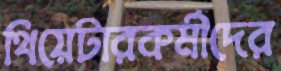
থিয়েটারকর্মীদের